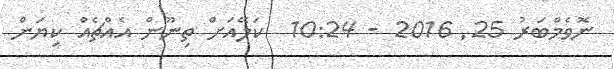
ނޮވެމްބަރު 25